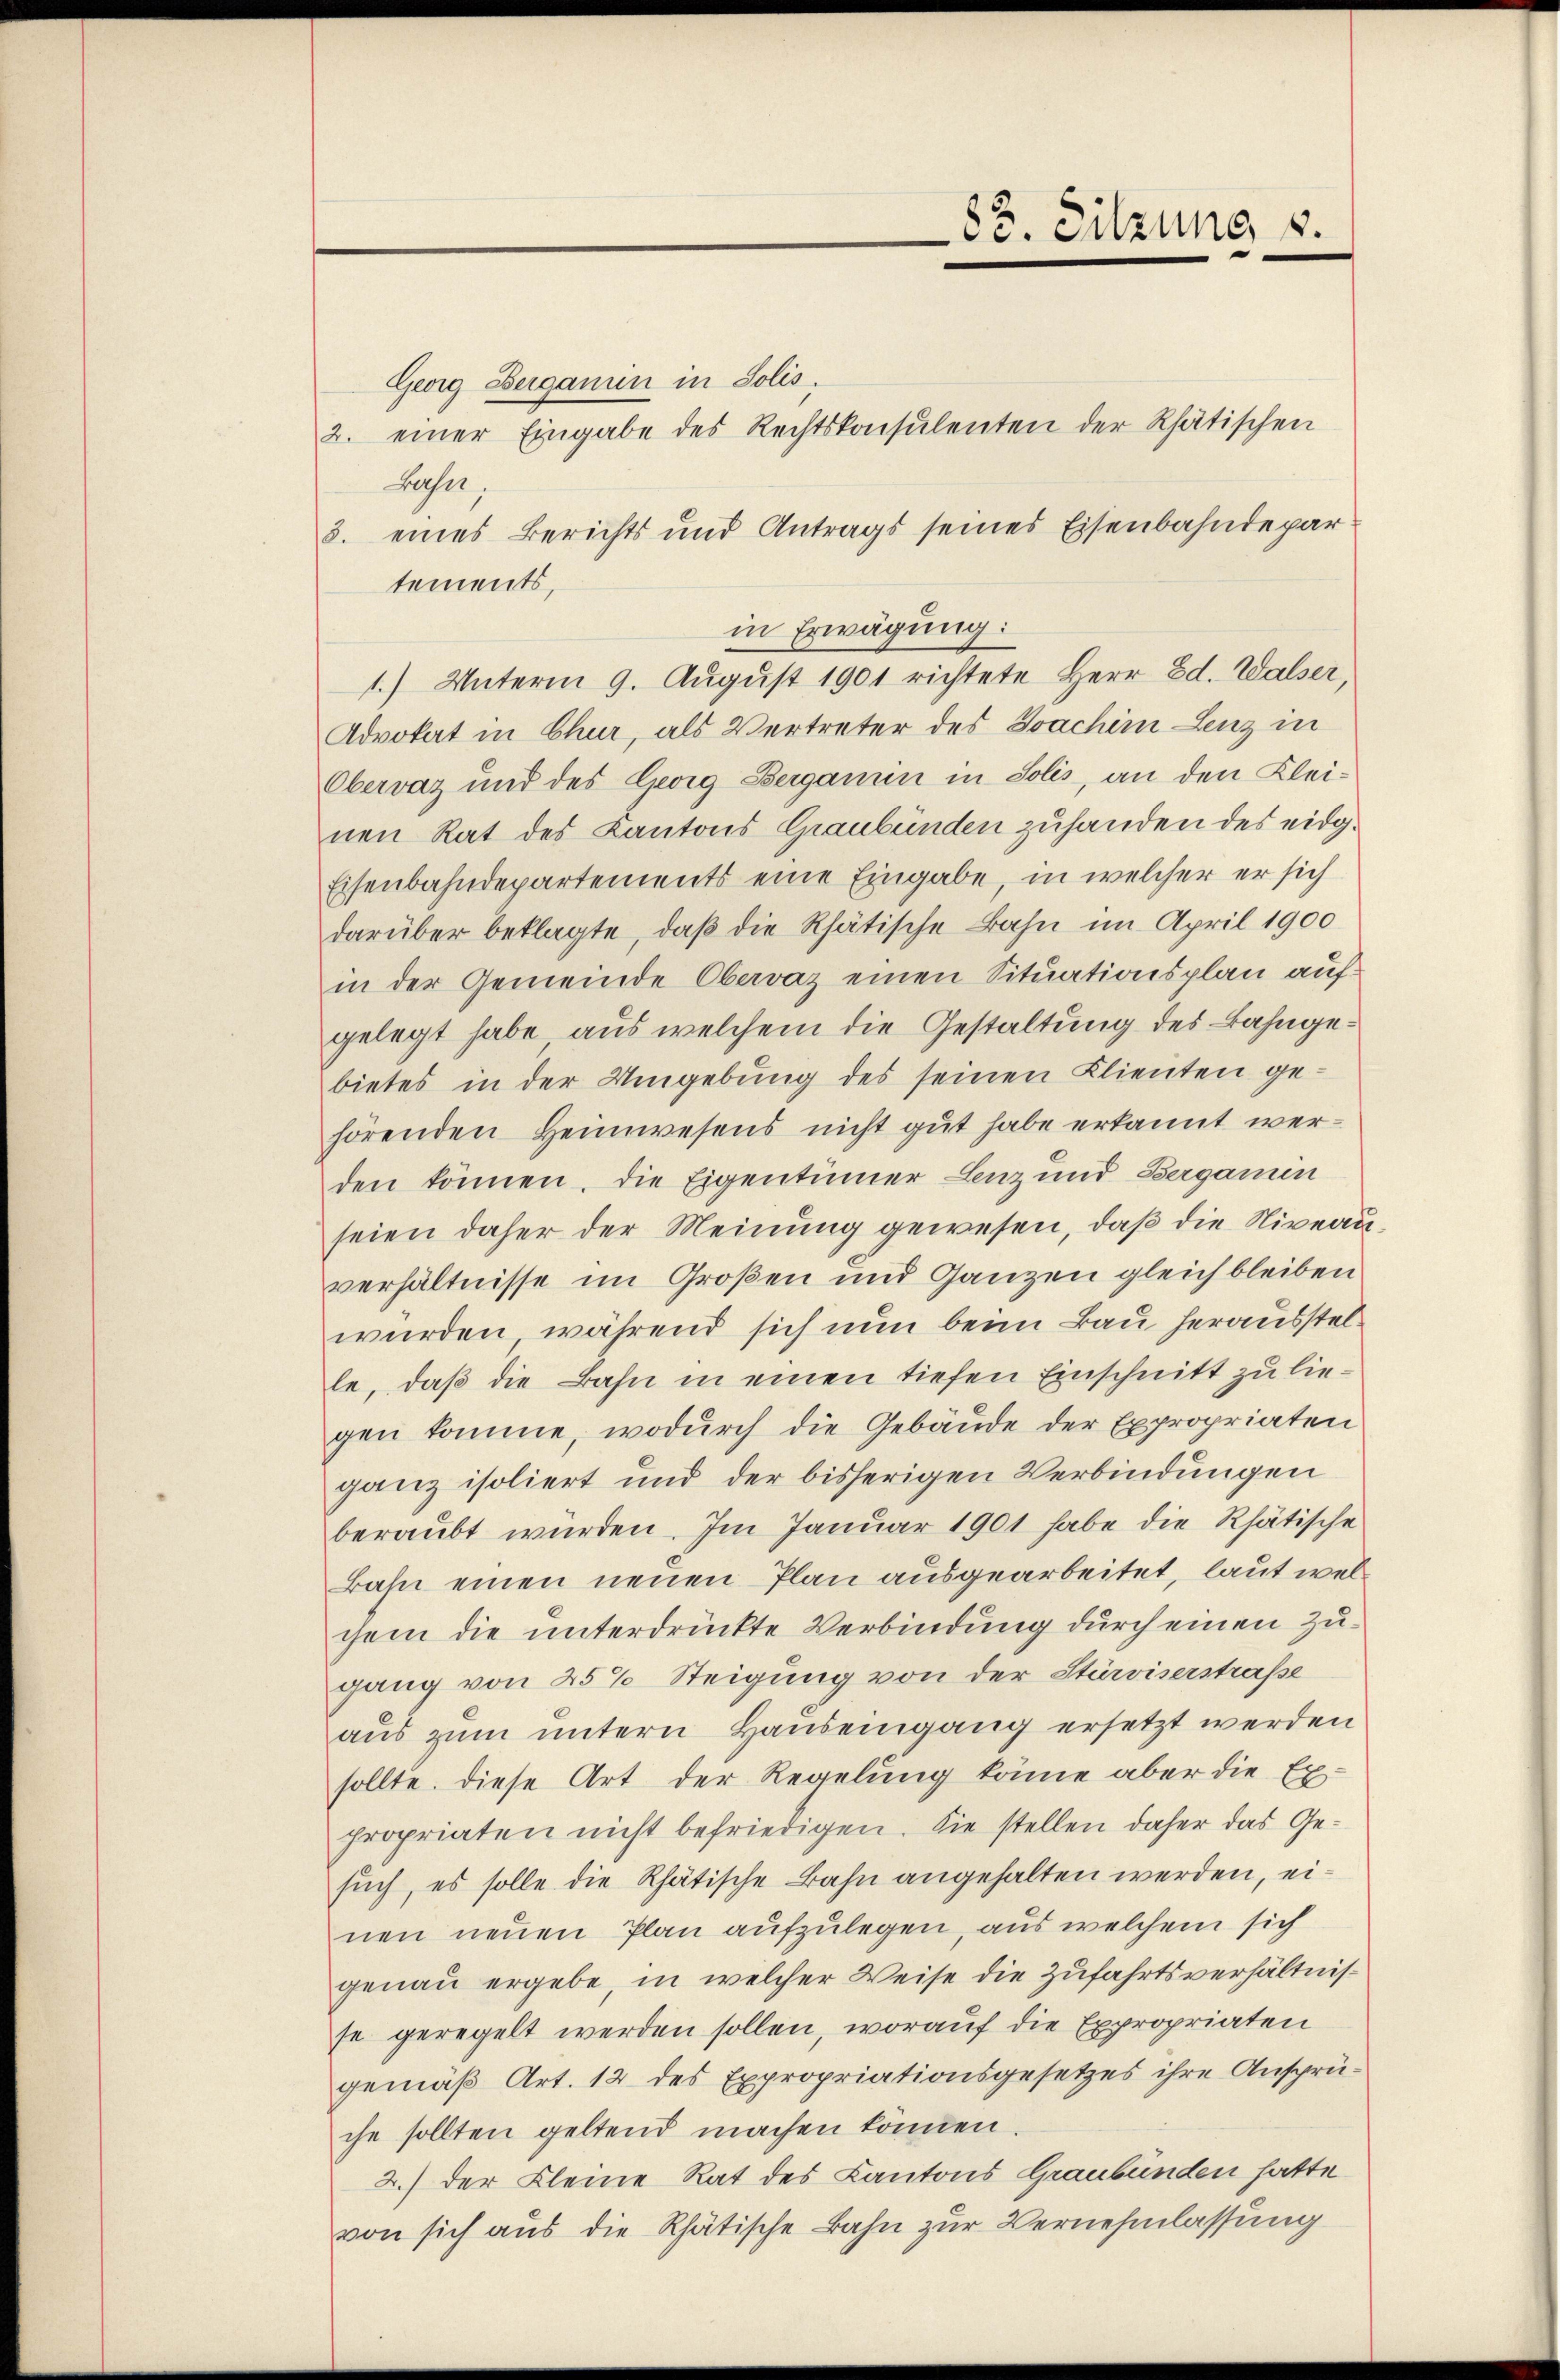
Georg Berganin in Solis.
2. einer Eingabe des Rechtskonsulenten der Rhätischen
Buser,
3. eines Berichts und Antrags seines Eisenbahndepar
tements,
in Erwägung:
1.) Unterm 9. Aŭgŭst 1901 richtete Herr Ed. Walser,
Advokat in Chur, als Vertreter des Joachim Lenz in
Obervaz und des Georg Bergamin in Solis, an den Klei-
nen Rat des Kantons Graubünden zuhanden des eidg.
Eisenbahndepartements eine Eingabe, in welcher er sich
darüber beklagte, daβ die Rhätische Bahn im April 1900
in der Gemeinde Obervaz einen Situationsplan aufgelegt habe aus welchem die Gestaltung des Bahngebietes in der Umgebung des seinen Klienten ge-
hörenden Heimwesens nicht gut habe erkannt werden können. Die Eigentümer Lenz und Bergamin
seien daher der Meinung gewesen, daß die Niveauverhältnisse im Großen und Ganzen gleich bleiben
würden, während sich nun beim Bau herausstelle, daß die Bahn in einen tiefen Einschnitt zu liegen komme, wodurch die Gebäude der Expropriaten
ganz isoliert und der bisherigen Verbindungen
beraubt würden. Im Januar 1901 habe die Rhätische
Bahn einen neuen Plan ausgearbeitet, laut welchem die unterdrückte Verbindung durch einen Zugang von 25% Steigung von der Stärviserstraße
aus zum untern Hauseingang ersetzt werden
sollte. Diese Art der Regelung könne aber die Ex-
propriaten nicht befriedigen. Sie stellen daher das Gesuch, es solle die Rhätische Bahn angehalten werden, einen neuen Plan aufzulegen, aus welchem sich
genau ergebe, in welcher Weise die Zufahrtsverhältnisse geregelt werden sollen, worauf die Expropriaten
gemäß Art. 12 des Expropriationsgesetzes ihre Ansprüche sollten geltend machen können.
2.) der Kleine Rat des Kantons Graubünden hatte
von sich aus die Rhätische Bahn zur Vernehmlassung

83. Sitzung 8.